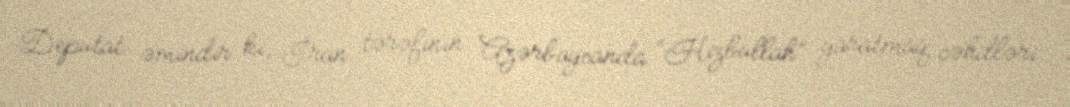
Deputat əmindir ki, İran tərəfinin Azərbaycanda “Hizbullah” yaratmaq cəhdləri